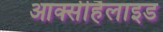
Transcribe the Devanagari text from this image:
आक्सीहैलाइड